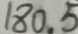
1 8 0 . 5